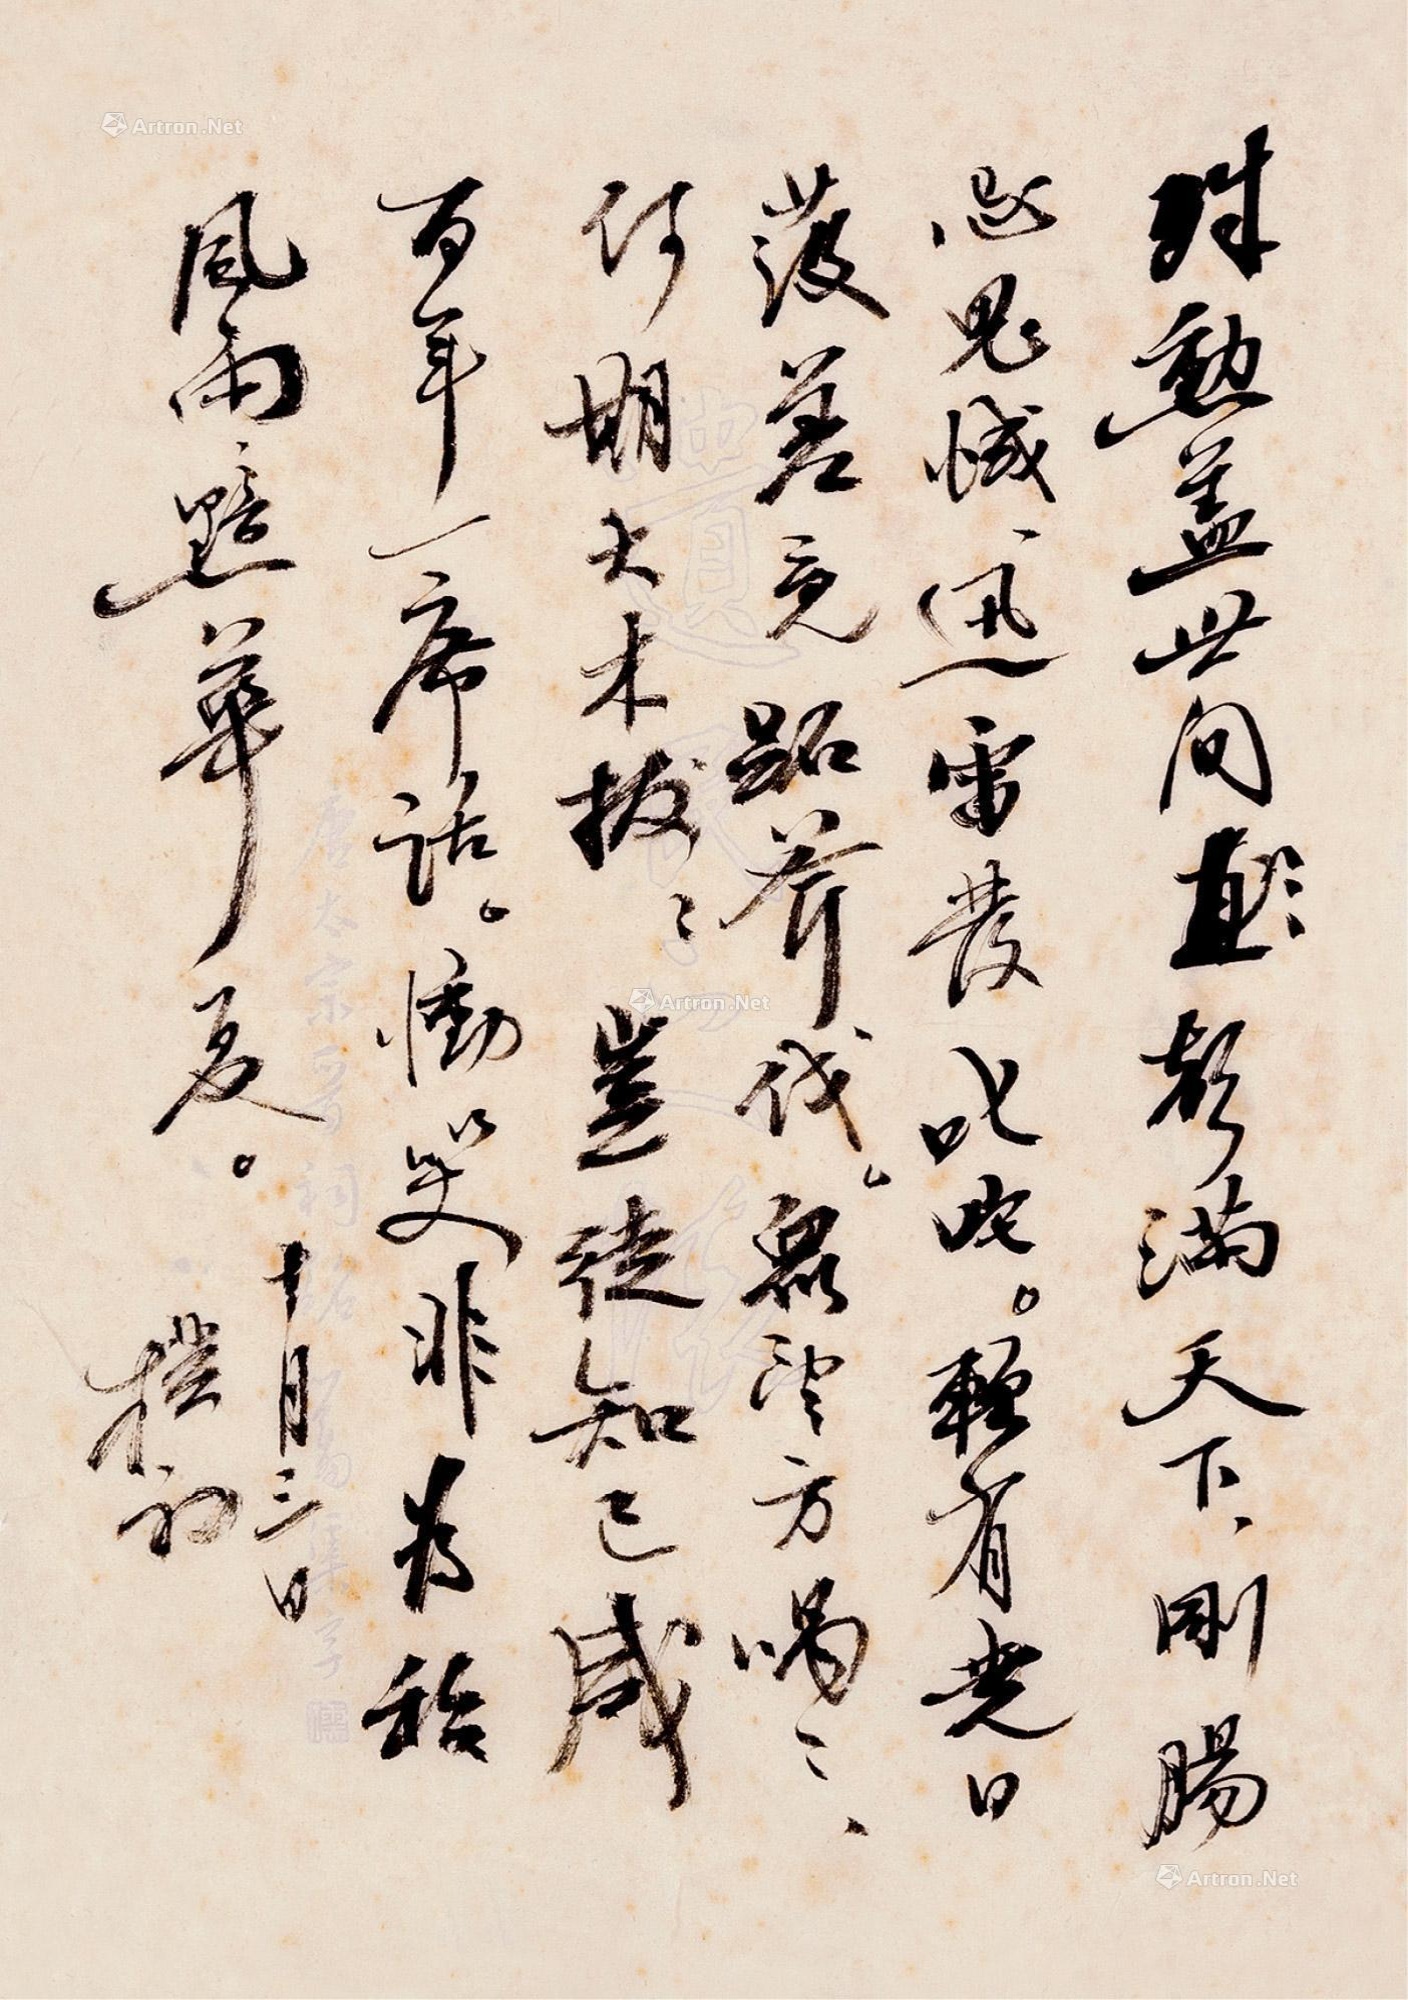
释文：殊勋盖世间，直声满天下。刚肠忌鬼蜮。迅雷发叱咤。赖有尧日护，差免跖斧伐。众望方喁喁，何期大树拔。岂徒知己感，百年一席话。恸哭非为私，风雨黯华夏。十月三日,朴初